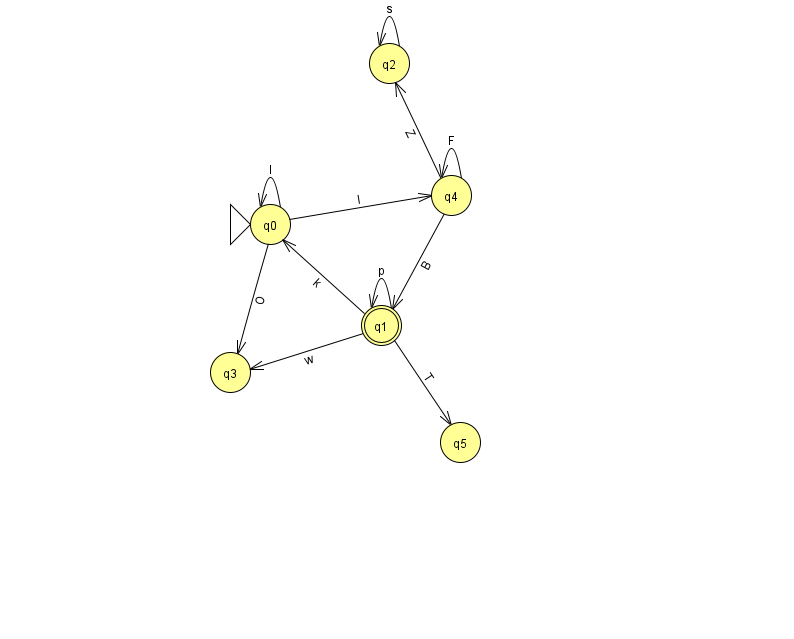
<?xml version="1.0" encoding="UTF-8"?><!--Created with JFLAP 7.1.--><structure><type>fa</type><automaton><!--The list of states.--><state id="0" name="q0"><x>270.0</x><y>211.0</y><initial/></state><state id="1" name="q1"><x>381.0</x><y>312.0</y><final/></state><state id="2" name="q2"><x>389.0</x><y>50.0</y></state><state id="3" name="q3"><x>230.0</x><y>359.0</y></state><state id="4" name="q4"><x>451.0</x><y>182.0</y></state><state id="5" name="q5"><x>460.0</x><y>429.0</y></state><!--The list of transitions.--><transition><from>1</from><to>1</to><read>p</read></transition><transition><from>2</from><to>2</to><read>s</read></transition><transition><from>0</from><to>3</to><read>O</read></transition><transition><from>0</from><to>4</to><read>l</read></transition><transition><from>4</from><to>2</to><read>Z</read></transition><transition><from>4</from><to>4</to><read>F</read></transition><transition><from>1</from><to>5</to><read>T</read></transition><transition><from>1</from><to>0</to><read>k</read></transition><transition><from>4</from><to>1</to><read>B</read></transition><transition><from>0</from><to>0</to><read>l</read></transition><transition><from>1</from><to>3</to><read>w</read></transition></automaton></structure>